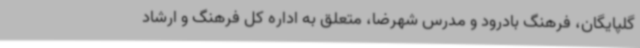
گلپایگان، فرهنگ بادرود و مدرس شهرضا، متعلق به اداره کل فرهنگ و ارشاد